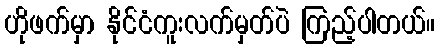
ဟိုဖက်မှာ နိုင်ငံကူးလက်မှတ်ပဲ ကြည့်ပါတယ်။